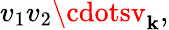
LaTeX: v_{1}v_{2}\cdotsv_{\mathbf{k}},